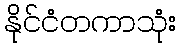
နိုင်ငံတကာသုံး